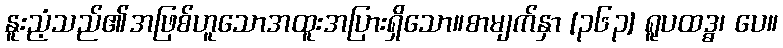
နူးညံ့သည်၏အဖြစ်ဟူသောအထူးအပြားရှိသော။စာမျက်နှာ [၃၆၃] ရူပထဒ္ဓ၊ ပေ။